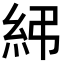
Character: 𥾯